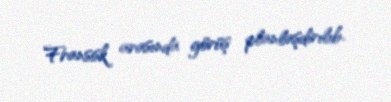
Fransisk arasında görüş planlaşdırılıb.